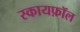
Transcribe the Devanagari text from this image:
स्कायफ़ॉल